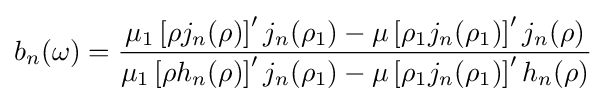
b_{n}(\omega )={\frac {\mu _{1}\left[\rho j_{n}(\rho )\right]'j_{n}(\rho _{1})-\mu \left[\rho _{1}j_{n}(\rho _{1})\right]'j_{n}(\rho )}{\mu _{1}\left[\rho h_{n}(\rho )\right]'j_{n}(\rho _{1})-\mu \left[\rho _{1}j_{n}(\rho _{1})\right]'h_{n}(\rho )}}